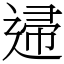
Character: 䢜